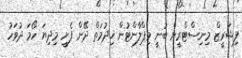
ފިޝަރީޒް މިނިސްޓްރީން ބުނީ މިޕްލާންޓުން ޚިދުމަތް ދޭން ފެށީ މިދިޔަ ހޯމަ ދުވަހު